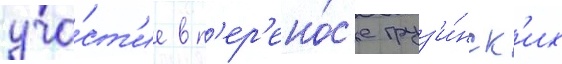
уча́ст'ие в п'ер'ено́с'е груз'и́нск'их